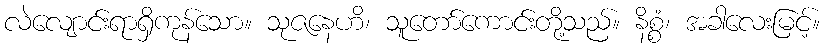
လဲလျောင်းရာရှိကုန်သော။ သုဇနေဟိ၊ သူတော်ကောင်းတို့သည်။ နိစ္စံ၊ အခါလေးမြင့်။